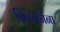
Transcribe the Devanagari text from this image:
सिहगर्जना